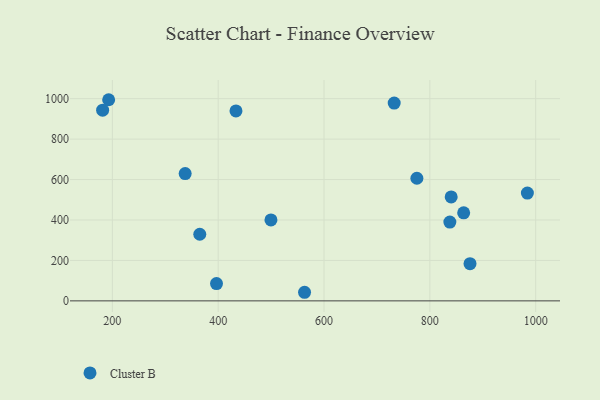
{"axis": {"x": "Study Hours", "y": "Salary"}, "legend": ["Cluster B"], "data": [{"x": "337.6", "y": 629.6, "type": "Cluster B"}, {"x": "984.3", "y": 533.1, "type": "Cluster B"}, {"x": "863.9", "y": 435.6, "type": "Cluster B"}, {"x": "365.2", "y": 329.5, "type": "Cluster B"}, {"x": "396.8", "y": 85.3, "type": "Cluster B"}, {"x": "563.2", "y": 42.5, "type": "Cluster B"}, {"x": "775.5", "y": 606.5, "type": "Cluster B"}, {"x": "181.6", "y": 943.2, "type": "Cluster B"}, {"x": "875.9", "y": 183.8, "type": "Cluster B"}, {"x": "499.7", "y": 400.2, "type": "Cluster B"}, {"x": "433.6", "y": 939.5, "type": "Cluster B"}, {"x": "193.0", "y": 994.7, "type": "Cluster B"}, {"x": "837.8", "y": 389.6, "type": "Cluster B"}, {"x": "732.6", "y": 978.3, "type": "Cluster B"}, {"x": "840.3", "y": 514.1, "type": "Cluster B"}]}